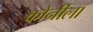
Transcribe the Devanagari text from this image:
कोर्नीला